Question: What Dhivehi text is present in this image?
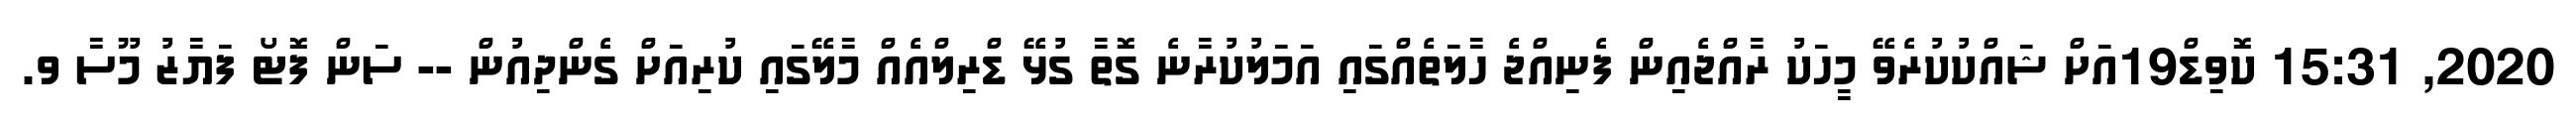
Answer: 2020, 15:31 ކޮވިޑް19އަށް ޝައްކުކުރެވޭ މީހަކު ރާއްޖެއިން ފެނިއްޖެ ހާލަތެއްގައި އަމަލުކުރާނެ ގޮތާ ގުޅޭ ޑްރިލްއެއް މާލޭގައި ކުރިއަށް ގެންދިއުން -- ސަން ފޮޓޯ ފަޔާޒު މޫސާ ވ.